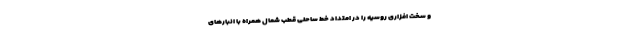
و سخت افزاری روسیه را در امتداد خط ساحلی قطب شمال همراه با انبارهای